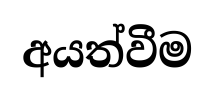
අයත්වීම